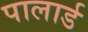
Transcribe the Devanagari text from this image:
पालार्ड